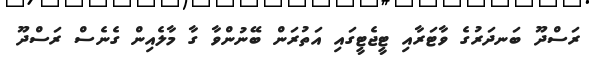
ރަސްދޫ ބަނދަރުގެ ވާޓަރާއި ޓީޖެޓީގައި އަތުރަން ބޭނުންވާ ގާ މާލެއިން ގެނެސް ރަސްދޫ